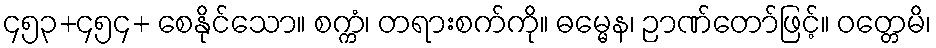
၄၅၃+၄၅၄+ စေနိုင်သော။ စက္ကံ၊ တရားစက်ကို။ ဓမ္မေန၊ ဉာဏ်တော်ဖြင့်။ ဝတ္တေမိ၊